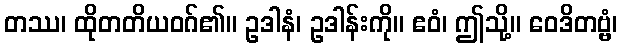
တဿ၊ ထိုတတိယဝဂ်၏။ ဥဒါနံ၊ ဥဒါန်းကို။ ဧဝံ၊ ဤသို့။ ဝေဒိတဗ္ဗံ၊